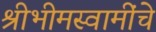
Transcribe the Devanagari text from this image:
श्रीभीमस्वामींचे